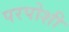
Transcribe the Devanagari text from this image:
परपोशी